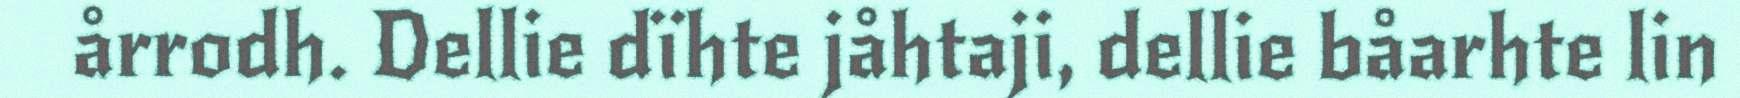
årrodh. Dellie dïhte jåhtaji, dellie båarhte lin